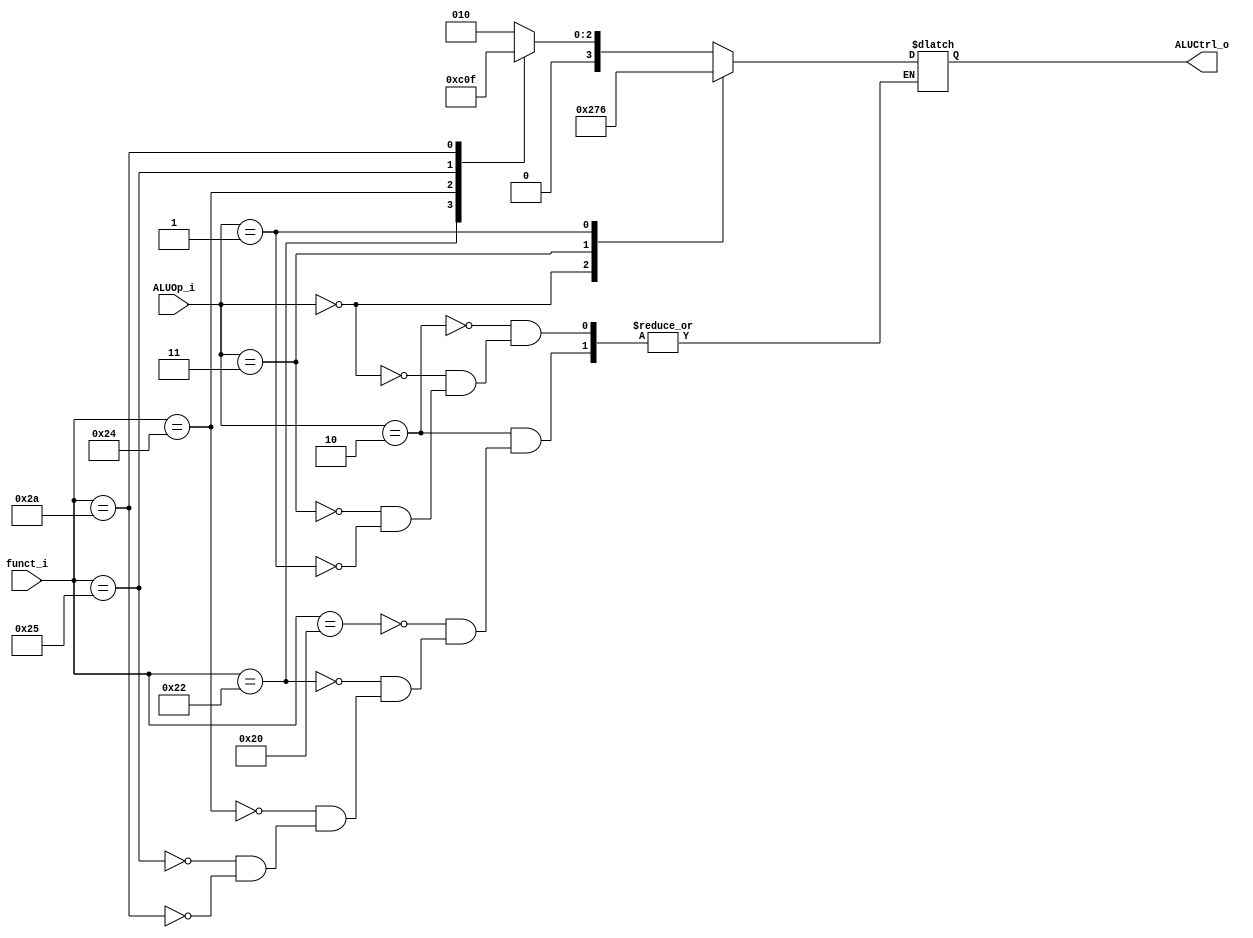
// 0716089
//Subject:     CO project 2 - ALU Controller
//--------------------------------------------------------------------------------
//Version:     1
//--------------------------------------------------------------------------------
//Writer:      
//----------------------------------------------
//Date:        
//----------------------------------------------
//Description: 
//--------------------------------------------------------------------------------
`timescale 1ns/1ps
module ALU_Ctrl(
          funct_i,
          ALUOp_i,
          ALUCtrl_o
          );
          
//I/O ports 
input      [6-1:0] funct_i;
input      [3-1:0] ALUOp_i;

output     [4-1:0] ALUCtrl_o;    
     
//Internal Signals
reg        [4-1:0] ALUCtrl_o;

//Parameter
// wire c0,c1,c2,c3;
// assign c0 = (ALUOp_i[1]&&ALUOp_i[0]) || (ALUOp_i[1] && funct_i[0]) || (ALUOp_i[1] && funct_i[3]);
// assign c1 = (!ALUOp_i[1]&& !ALUOp_i[0]) || (ALUOp_i[1]&&ALUOp_i[0]) || (!ALUOp_i[1]&&ALUOp_i[0]) || !funct_i[2];
// assign c2 = (ALUOp_i[1]&&ALUOp_i[0]) || (!ALUOp_i[1]&&ALUOp_i[0]) || (ALUOp_i[1]&&funct_i[1]);
// assign c3 = 0;
// always @(*) begin
//     ALUCtrl_o = {c3,c2,c1,c0};
// end
//assign check = {ALUOp_i,funct_i};
always @(*) begin
$display(" ALUOP = %b ctrl = %b",{ALUOp_i,funct_i},ALUCtrl_o); end
// Select exact operation
always @(*) begin
   case(ALUOp_i)
        3'b010:begin
            case(funct_i)
                6'b100000: ALUCtrl_o <=4'b0010;
                6'b100010: ALUCtrl_o <=4'b0110;
                6'b100100: ALUCtrl_o <=4'b0000;
                6'b100101: ALUCtrl_o <=4'b0001;
                6'b101010: ALUCtrl_o <=4'b0111;
            endcase
        end
        3'b000:ALUCtrl_o <=4'b0010;
        3'b011:ALUCtrl_o <=4'b0111;
        3'b001:ALUCtrl_o <=4'b0110;
       // r-type
       // add 0010 sub 0110 and 0000 or 0001 slt 0111 
    //    9'b010100000: ALUCtrl_o <=4'b0010;
    //    9'b010100010: ALUCtrl_o <=4'b0110;
    //    9'b010100100: ALUCtrl_o <=4'b0000;
    //    9'b010100101: ALUCtrl_o <=4'b0001;
    //    9'b010101010: ALUCtrl_o <=4'b0111;

    //    // i-type
    //    // addi 0010 slit 0111
    //    9'b000xxxxxx: ALUCtrl_o <=4'b0010;
    //    9'b011xxxxxx: ALUCtrl_o <=4'b0111;

    //    // beq
    //    9'b001xxxxxx: ALUCtrl_o <=4'b0110;
   endcase
end


endmodule